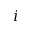
i